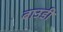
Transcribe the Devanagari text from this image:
बाउडी